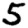
Digit: 5